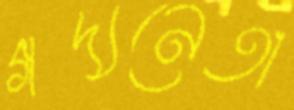
গদ্যনেতা